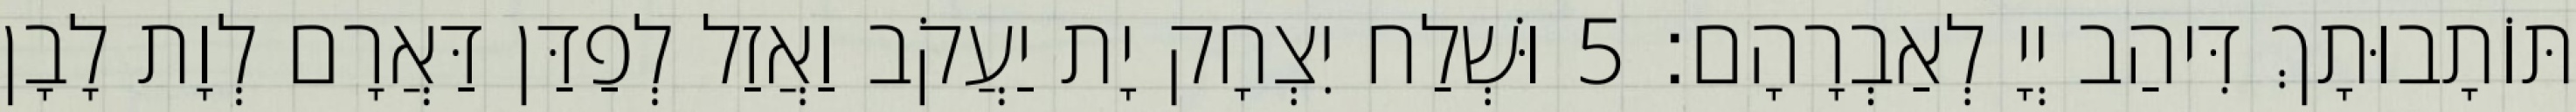
תּוֹתָבוּתָךְ דִּיהַב יְיָ לְאַבְרָהָם׃ 5 וּשְׁלַח יִצְחָק יָת יַעֲקֹב וַאֲזַל לְפַדַּן דַּאֲרָם לְוָת לָבָן